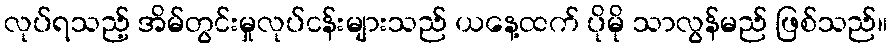
လုပ်ရသည့် အိမ်တွင်းမှုလုပ်ငန်းများသည် ယနေ့ထက် ပိုမို သာလွန်မည် ဖြစ်သည်။